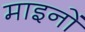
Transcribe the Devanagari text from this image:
माइनों